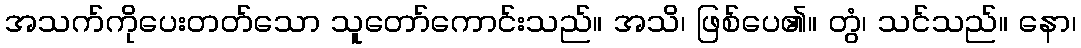
အသက်ကိုပေးတတ်သော သူတော်ကောင်းသည်။ အသိ၊ ဖြစ်ပေ၏။ တွံ၊ သင်သည်။ နော၊